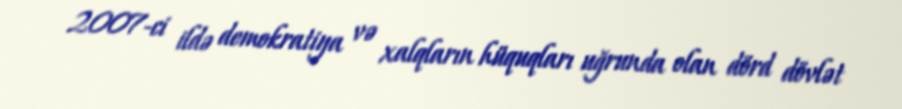
2007-ci ildə demokratiya və xalqların hüquqları uğrunda olan dörd dövlət